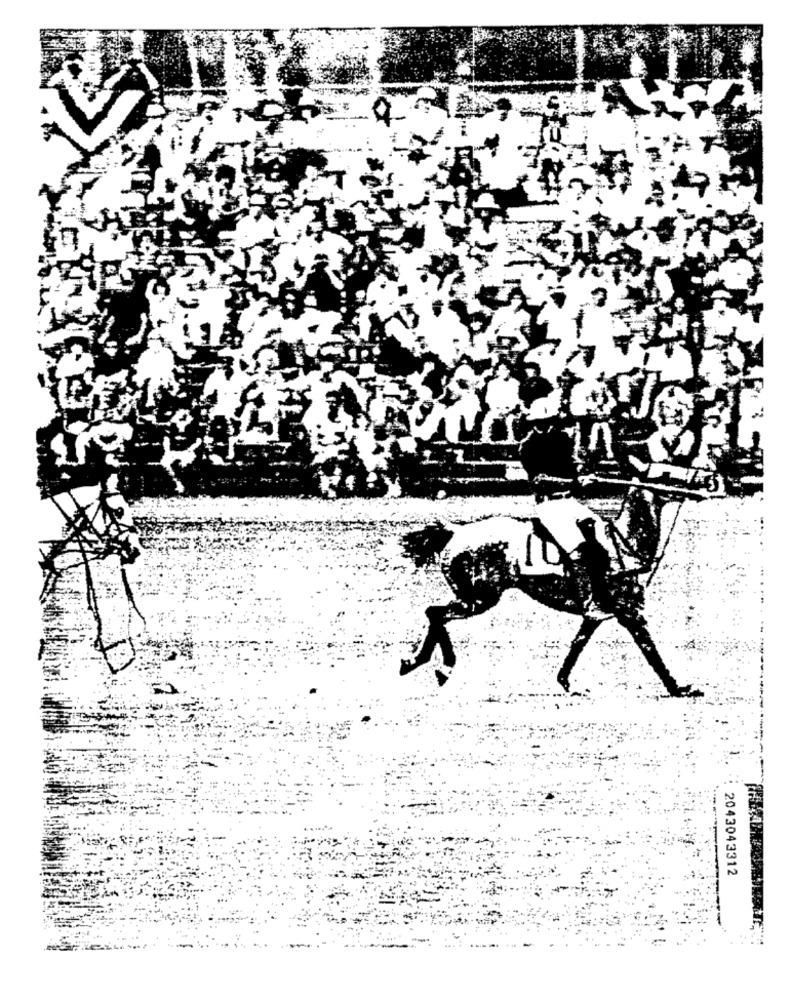
2043043312